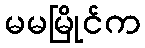
မမမြိုင်က